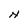
Character: N